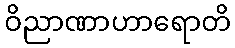
ဝိညာဏာဟာရောတိ